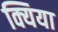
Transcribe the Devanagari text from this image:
क्यिया